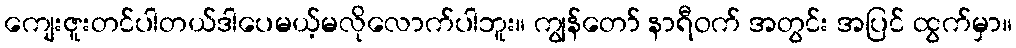
ကျေးဇူးတင်ပါတယ်ဒါပေမယ့်မလိုလောက်ပါဘူး။ ကျွန်တော် နာရီဝက် အတွင်း အပြင် ထွက်မှာ။